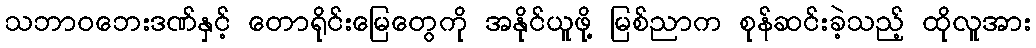
သဘာဝဘေးဒဏ်နှင့် တောရိုင်းမြေတွေကို အနိုင်ယူဖို့ မြစ်ညာက စုန်ဆင်းခဲ့သည့် ထိုလူအား